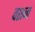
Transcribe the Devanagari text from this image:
वशज